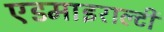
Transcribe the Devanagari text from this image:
एडमाइराल्टी